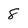
Character: 8